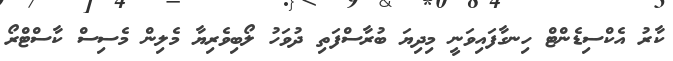
ކާރު އެކްސިޑެންޓް ހިނގާފައިވަނީ މިދިޔަ ބުރާސްފަތި ދުވަހު ލޯބިވެރިޔާ މެލިން މެސިސް ކާސްޓްރޯ